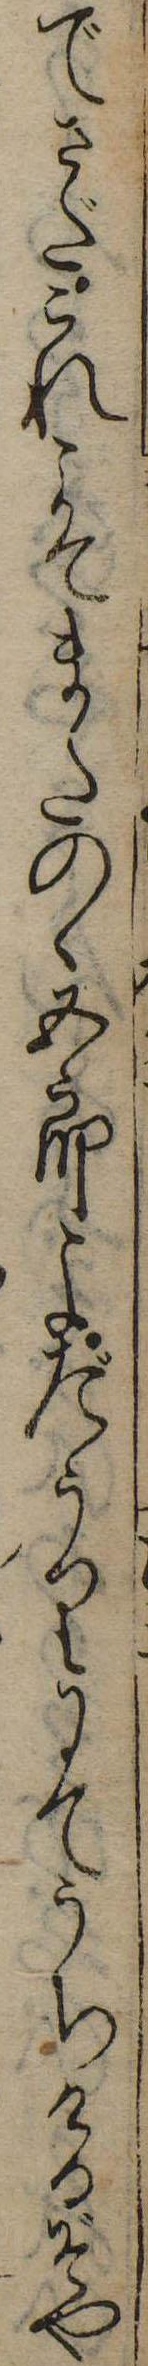
でさだこれこそまたのゝ五郎よだうりにてうちけるぞや